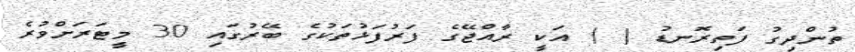
ތުންދިގު ފަތިރޮނޑު ( ) އަކީ ރާއްޖޭގެ ފަރުފަޅުތަކުގެ ބޭރުގައި 30 މީޓަރަށްވުރެ